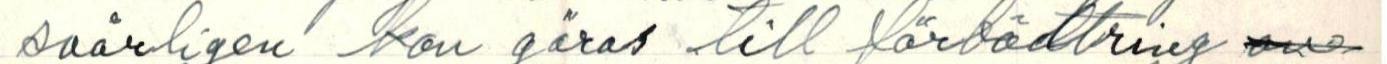
svårligen kan göras till förbädtring ove